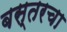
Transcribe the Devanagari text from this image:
बस्तरचा